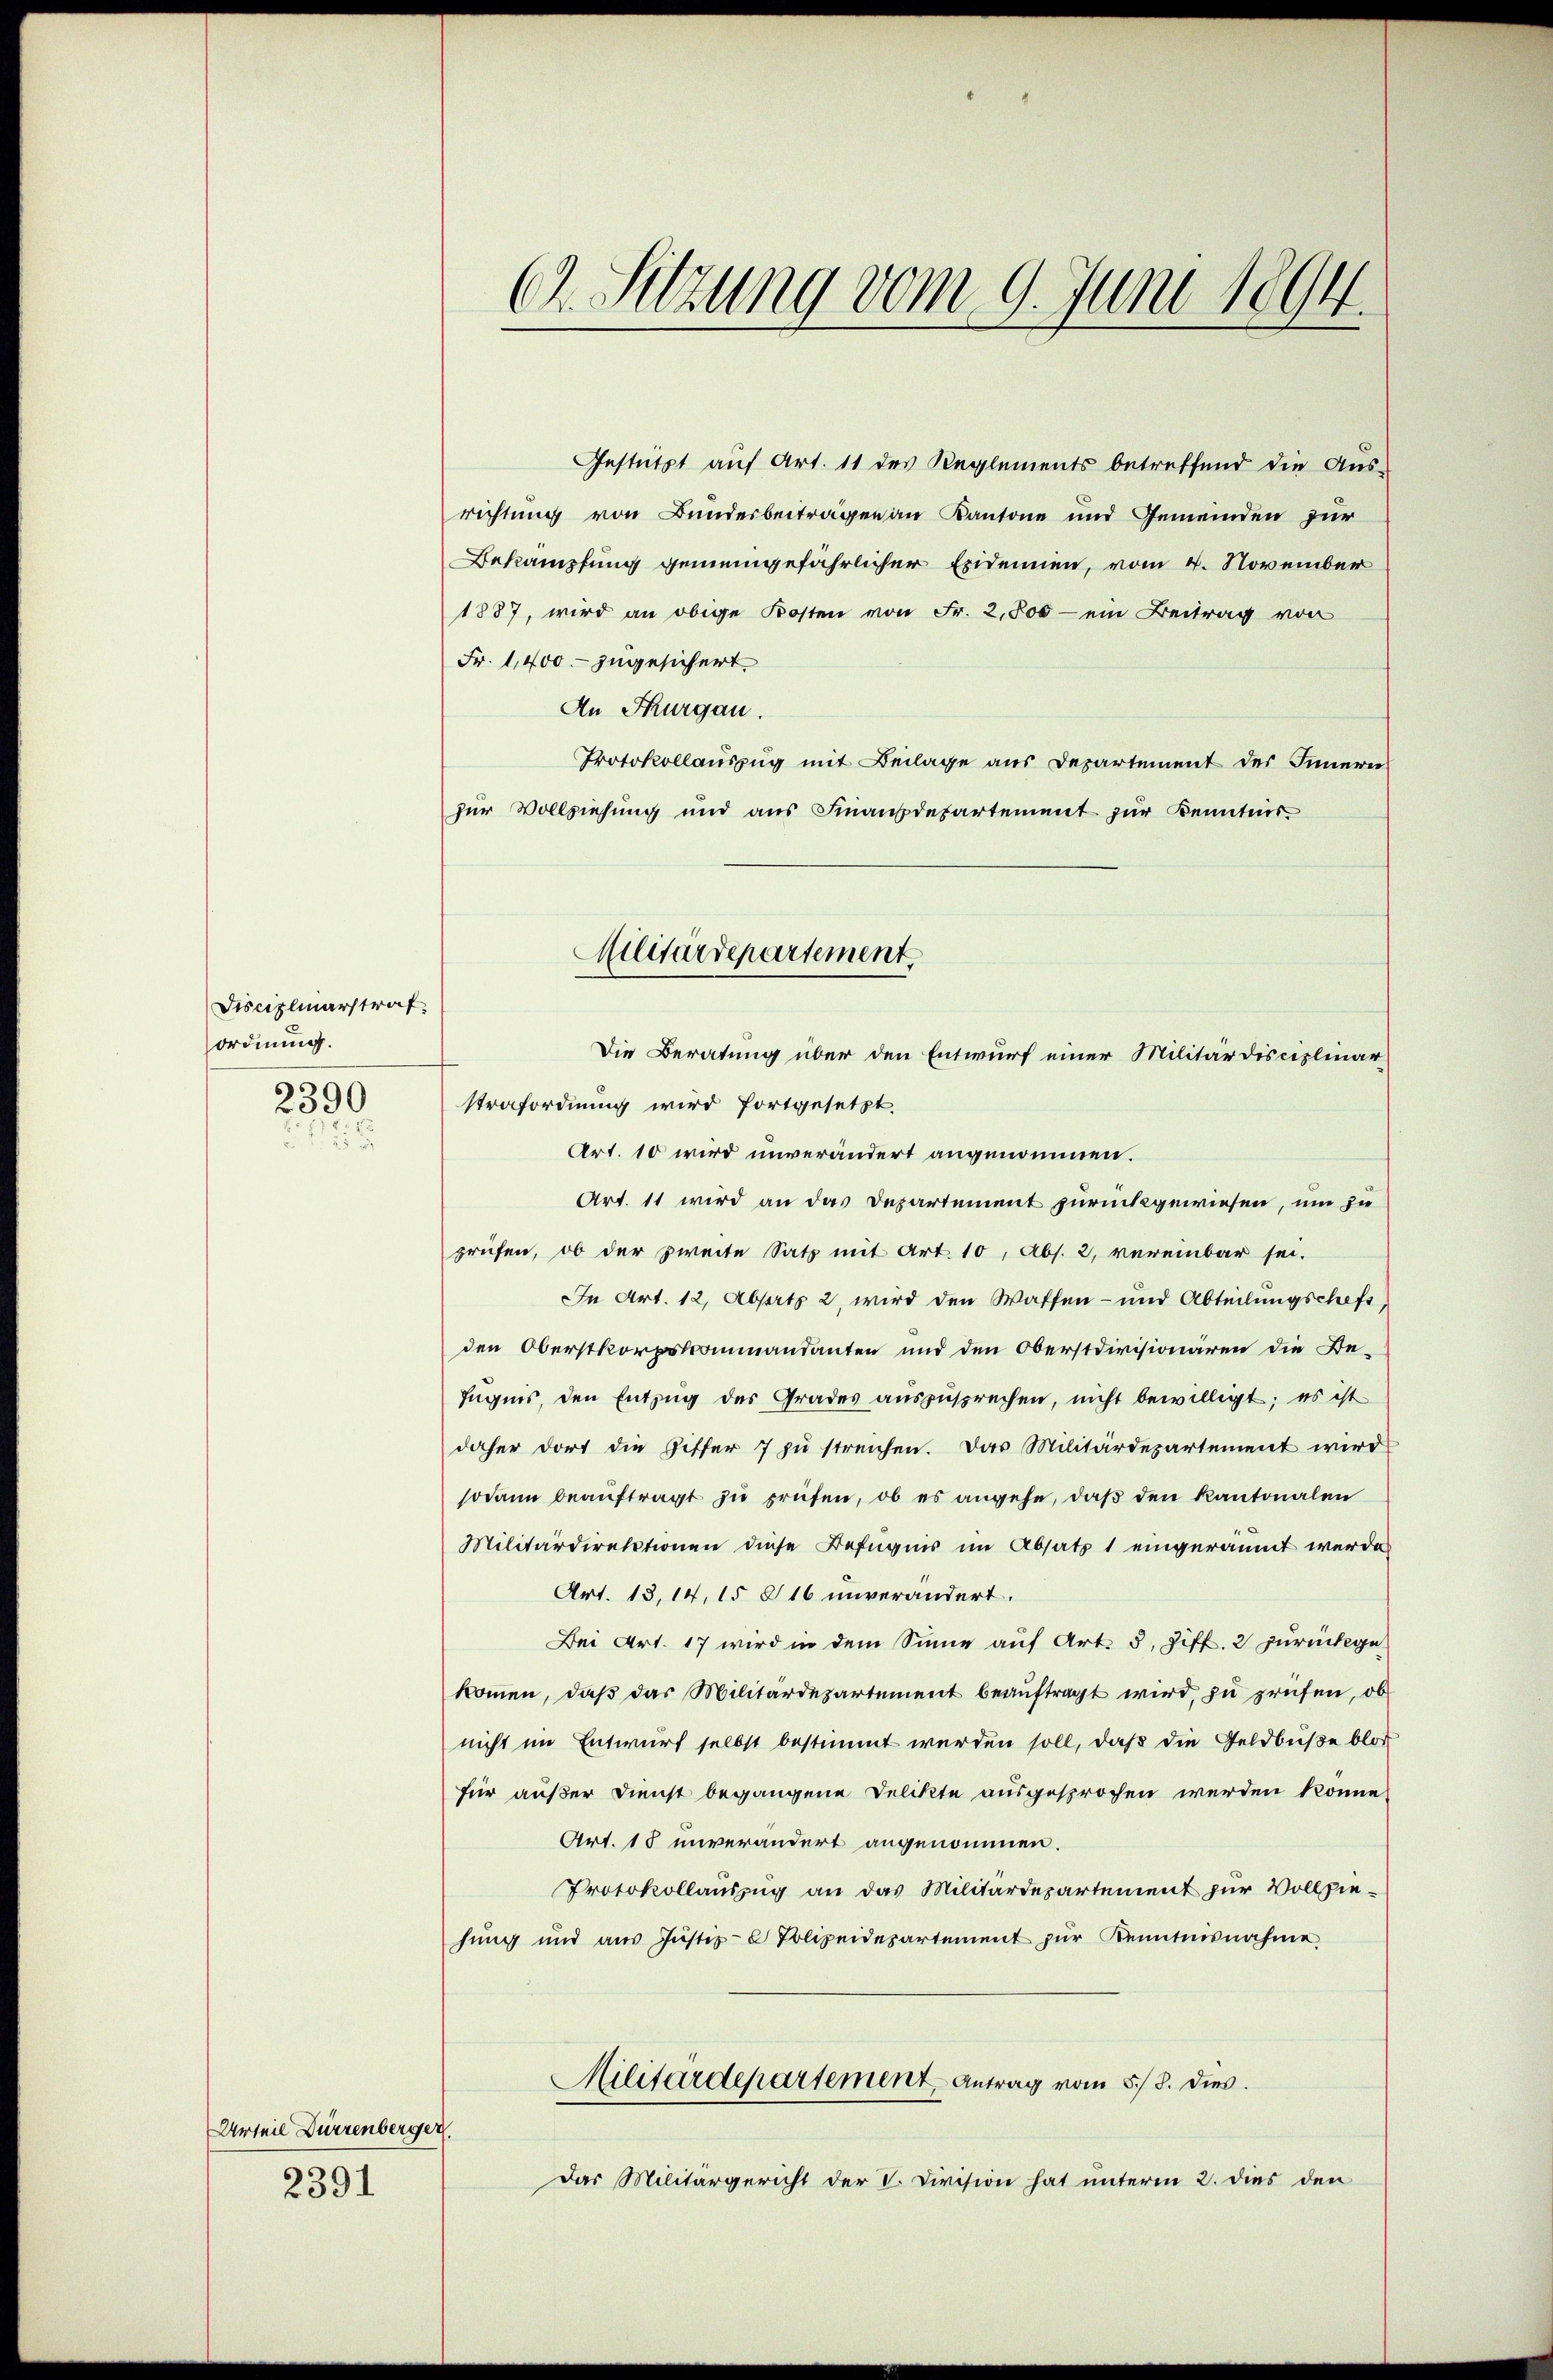
Disciplinarstraf
ordnung.
2390

.

Urteil Dürrenberger.
2391

C. Sitzung vom 9. Juni 1894.

Gestützt auf Art. 11 des Reglements betreffend die Aus-
richtung von Bundesbeiträgen an Kantone und Gemeinden zur
Bekämpfung gemeingefährlicher Exidemien, vom 4. November
1887, wird an obige Kosten von Fr. 2,500 — ein Beitrag von
Fr. 1,400.- zugesichert
An Thurgau.
Protokollauszug mit Beilage aus Departement des Innern
für Vollziehung und aus Finanzdepartement zur Kenntnis-
strafordnung wird fortgesetzt.
Art. 10 wird unverändert angenommen.
Art. 11 wird an das Departement zurückgewiesen, um zu
prüfen, ob der zweite Satz mit Art. 10, Abs. 2, vereinbar sei.
In Art. 12, Absert 2, wird den Waffen- und Abteilungschaft
den Oberstkorpskommandanten und den Oberstdivisionären die Be¬
Eugnis, den Entzug des Grades auszusprechen, nicht bewilligt; es ist
daher dort die Ziffer 7 zu streichen. Das Militärdepartement wird
sodann beauftragt zu prüfen, ob es angehe, daß den Kantonalen
Militärdirektionen diese Befugnis im Absatz 1 eingeräumt werde
Art. 13, 14, 15 816 unverändert.
Bei Art. 17 wird in dem Sinne auf Art. 5, Ziff. 2 zurückge
koṁen, daβ das Militärdepartement beaŭftragt wird, zu prüfen, ob
nicht im Entwurf selbst bestimmt werden soll, daß die Geldbuße blos
für außer Dienst begangene Delikte ausgesprochen werden könne
Art. 15 unverändert angenommen.
Protokollauszug an das Militärdepartement zur Vollziehŭng und aŭs Jŭstiz- & Polizeidepartement zŭr Kenntnisnahme,
Militärdepartement Antrag vom 5./8. dies
Das Militärgericht der V. Division hat unterm 2. dies den

Militärdepartement.
Die Beratung über den Entwurf einer Militärdisciplinar